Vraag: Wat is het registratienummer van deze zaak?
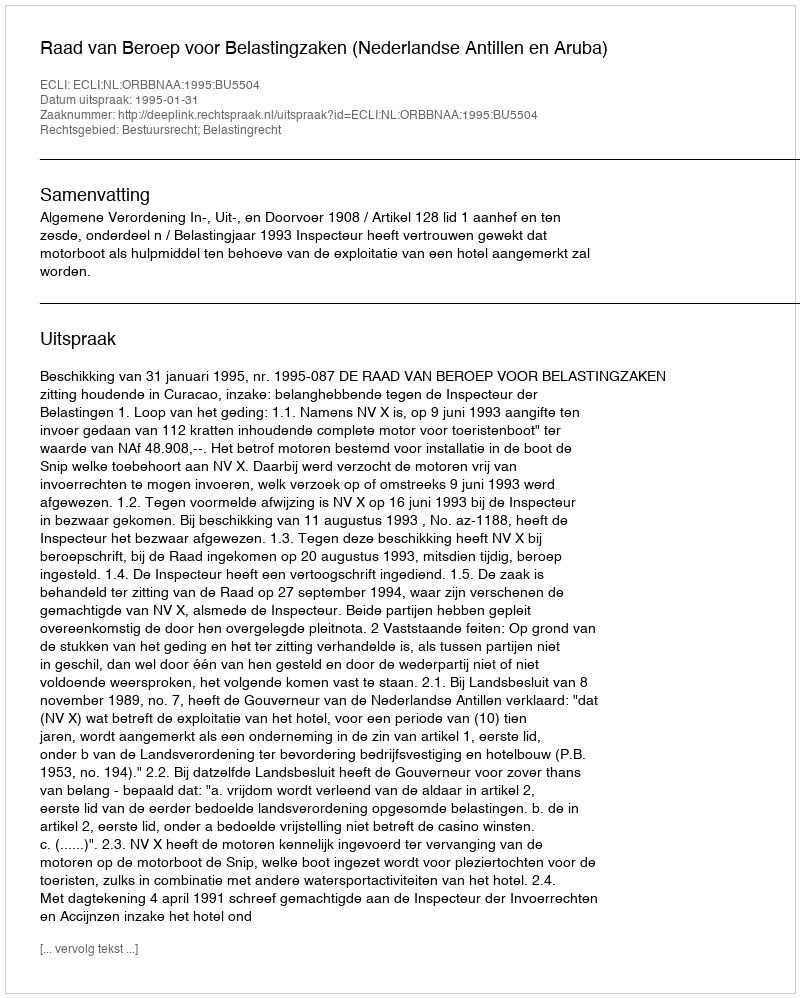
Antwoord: http://deeplink.rechtspraak.nl/uitspraak?id=ECLI:NL:ORBBNAA:1995:BU5504